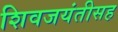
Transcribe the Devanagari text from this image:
शिवजयंतीसह